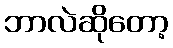
ဘာလဲဆိုတော့